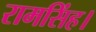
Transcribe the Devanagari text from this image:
रामसिंह।